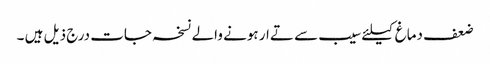
ضعف دماغ کیلئے سیب سے تےار ہونے والے نسخہ جات درج ذیل ہیں ۔